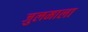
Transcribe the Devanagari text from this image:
जुलमाला